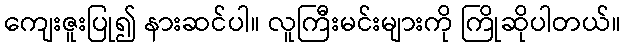
ကျေးဇူးပြု၍ နားဆင်ပါ။ လူကြီးမင်းများကို ကြိုဆိုပါတယ်။